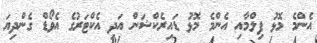
އެންމެ މޮޅު ފިލްމާއި އެންމެ މޮޅު ޑައިރެކްޝަން އަދި އެކްޓަރުގެ އެވޯޑް ގެންދިޔަ